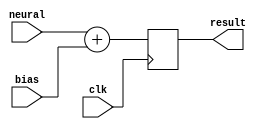
module bias_adder(neural,bias,result,clk);
input[24:0]neural;
input[9:0]bias;
input clk;
output reg[24:0]result;
always@(posedge clk)
begin
result<=neural+bias;
end
endmodule